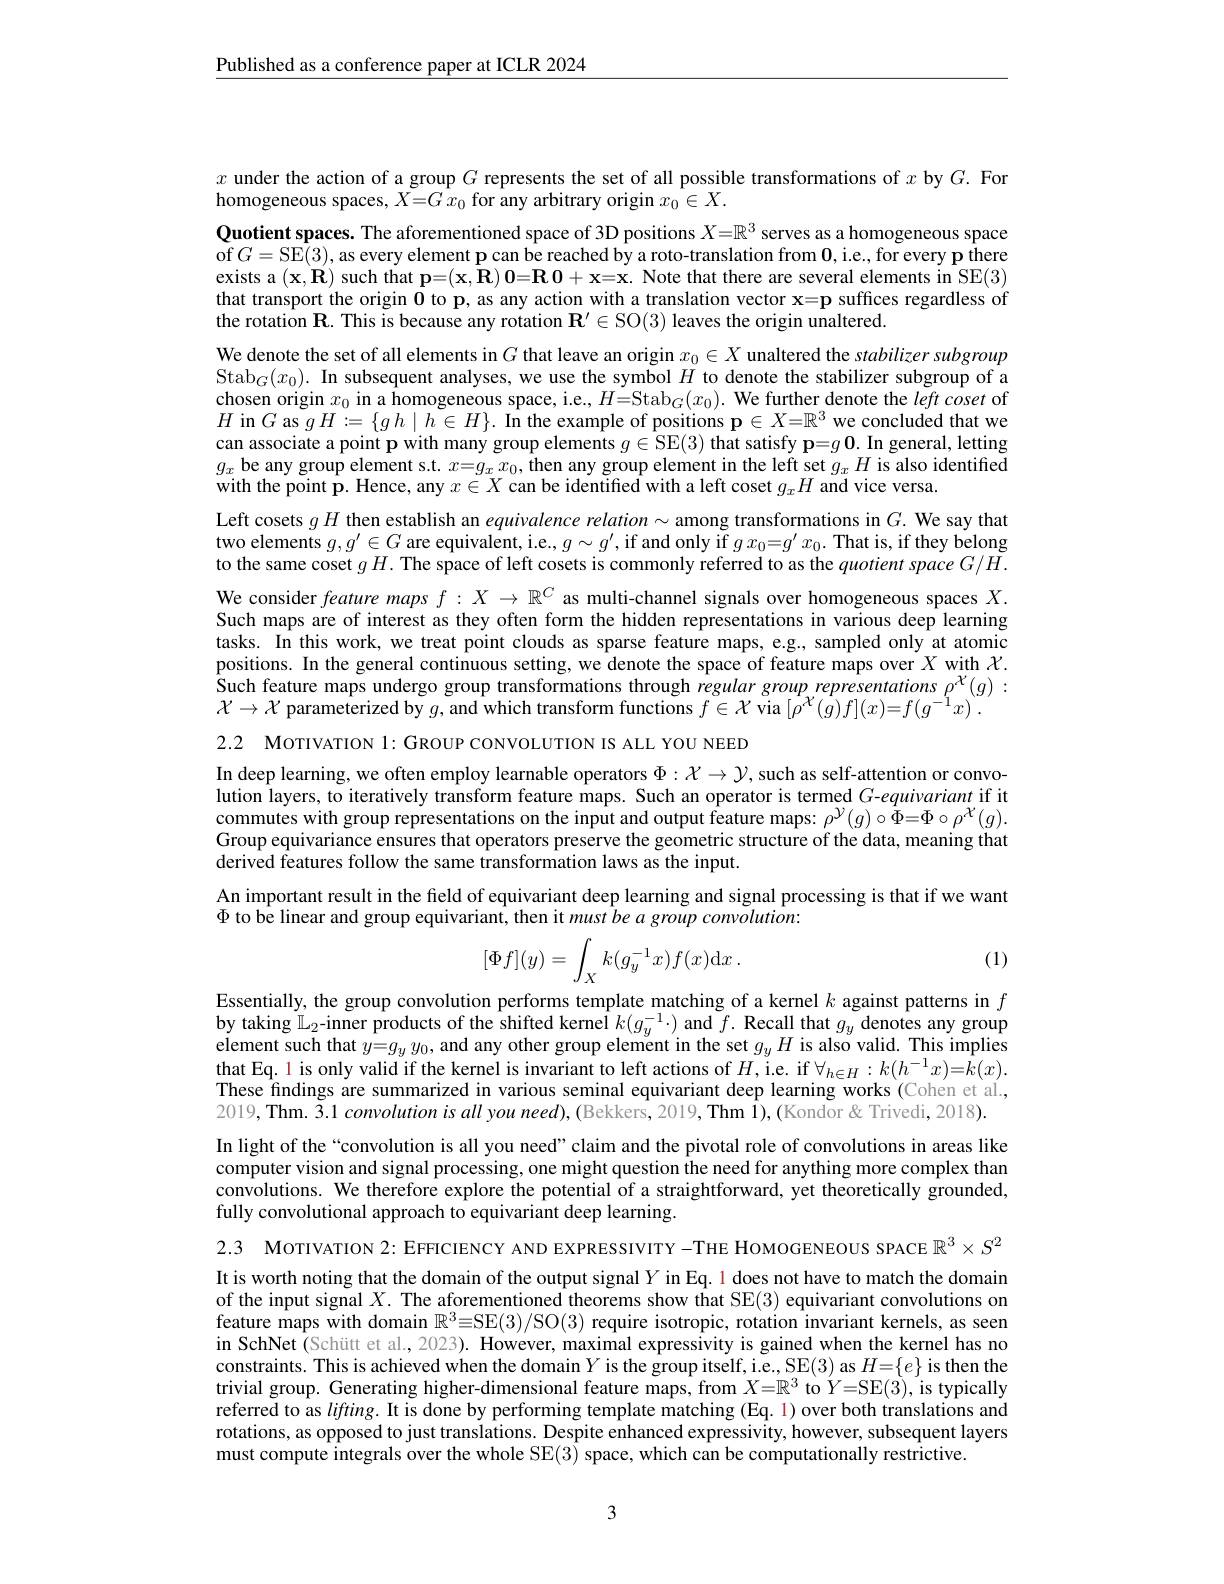
$\underline{\text{Published as a conference paper at ICLR 2024}}$

$x$ under the action of a group $G$ represents the set of all possible transformations of $x$ by $G.$ For
homogeneous spaces, $X=Gx_0$ for any arbitrary origin $x_0\in X.$

$\textbf{Quotient spaces. The aforementioned space of 3D positions }X= \mathbb{R} ^3$ serves as a homogeneous space of $G=$SE(3),as every element p can be reached by a roto-translation from $\mathbf{0}$,i.e., for every p there exists a $(\mathbf{x},\mathbf{R})$ such that $\mathbf{p=(x,\hat{R})}\mathbf{0=R}\mathbf{0}+\mathbf{x=x.}$ Note that there are several elements in SE(3) that transport the origin $\mathbf{0}$ to p, as any action with a translation vector $\mathbf{x}=\mathbf{p}$ suffices regardless of the rotation $\mathbf{R}.$ This is because any rotation $\mathbf{R} ^\prime \in$SO(3) leaves the origin unaltered.
We denote the set of all elements in $G$ that leave an origin $x_0\in X$ unaltered the stabilizer subgroup Stab$_G(x_0).$ In subsequent analyses, we use the symbol $H$ to denote the stabilizer subgroup of a chosen origin $x_0$ in a homogeneous space, i.e., $H=$S$tab_G( x_0) .$ We further denote the $left\textit{coset of}$ $H$ in$G$ as $gH:=\{gh\mid\bar{h\in H}\}.$ In the example of positions $\mathbf{p}\in X=\mathbb{R}^3$ we concluded that we can associate a point p with many group elements $g\in \hat{S}$E(3) that satisfy p$=g\mathbf{0}.$ In general, letting $g_x$ be any group element s.t. $x=g_xx_0$, then any group element in the left set $g_xH$ is also identified with the point p. Hence, any $x\in X$ can be identified with a left coset $g_xH$ and vice versa
Left cosets $gH$ then establish an equivalence relation $\sim$ among transformations in $G.$ We say that two elements $g,g^\prime\in G$ are equivalent, i.e., $g\sim g^\prime$, if and only if $gx_0=g^\prime x_0.$ That is, if they belong to the same coset $gH.$ The space of left cosets is commonly referred to as the quotient space $G/\tilde{H}.$ We consider feature maps $f:X\to\mathbb{R}^C$ as multi-channel signals over homogeneous spaces $X.$ Such maps are of interest as they often form the hidden representations in various deep learning tasks. In this work, we treat point clouds as sparse feature maps, e.g.. sampled only at atomic positions. In the general continuous setting, we denote the space of feature maps over $X$ with $\mathcal{X}.$ Such feature maps undergo group transformations through regular group representations $\rho^{\chi}(g):$ $\mathcal{X}\to\mathcal{X}$ parameterized by $g$, and which transform functions $f\in\mathcal{X}$ via $[\rho^{\mathcal{X}}(g)f](x)=f(g^{-1}x).$

2.2 MOTIVATION 1: GROUP CONVOLUTION IS ALL YOU NEED

In deep learning, we often employ learnable operators $\Phi:\mathcal{X}\to\mathcal{Y}$,such as self-attention or convolution layers, to iteratively transform feature maps. Such an operator is termed $G$-equivariant if it $commuteswithgrouprepresentations~on~the~input~and~output~feature~maps:~\rho^{\mathcal{Y}}(g)\circ\Phi=\Phi\circ\rho^{\mathcal{X}}(g).$ Group equivariance ensures that operators preserve the geometric structure of the data, meaning that derived features follow the same transformation laws as the input.
An important result in the field of equivariant deep learning and signal processing is that if we want
$\Phi$ to be linear and group equivariant, then it must be a group convolution:

(1)
$$[\Phi f](y)=\int_Xk(g_y^{-1}x)f(x)\mathrm{d}x\:.$$
Essentially, the group convolution performs template matching of a kernel $k$ against patterns in $f$ by taking $\mathbb{L}_2$-inner products of the shifted kernel $k(g_y^{-1}\cdot)$ and $f.$ Recall that $g_y$ denotes any group element such that $y=g_yy_0$, and any other group element in the set $g_yH$ is also valid. This implies that Eq. 1 is only valid if the kernel is invariant to left actions of $H$,ie. if $\forall_h\in H:k(h^{-1}x)=\bar{k}(x).$ These findings are summarized in various seminal equivariant deep learning works (Cohen et al., 2019, Thm. $\tilde{3} . 1\textit{convolution is all you need) , ( Bekkers, 2019, Thm \^{I} ) , ( Kondor " rivedi, 2018) }.$ In light of the “convolution is all you need”claim and the pivotal role of convolutions in areas like computer vision and signal processing, one might question the need for anything more complex than convolutions. We therefore explore the potential of a straightforward, yet theoretically grounded, fully convolutional approach to equivariant deep learning.

2.3 MorıvaTıon 2: EFFICIENCY AND EXPRESSIVITY -THE HOMOGENEOUS SPACE $\mathbb{R}^3\times S^2$ It is worth noting that the domain of the output signal $Y$ in Eq. 1 does not have to match the domain of the input signal $X.$ The aforementioned theorems show that SE(3) equivariant convolutions on feature maps with domain $\mathbb{R}^3\equiv$SE(3)/SO(3) require isotropic, rotation invariant kernels, as seen in SchNet (Schütt et al., 2023). However, maximal expressivity is gained when the kernel has no constraints. This is achieved when the domain $Y$ is the group itself, i.e., SE(3) as $H=\{e\}$ is then the trivial group. Generating higher-dimensional feature maps, from $X=\mathbb{R}^3$ to $Y=$SE(3), is typically referred to as $lifting.$ It is done by performing template matching (Eq. 1) over both translations and rotations, as opposed to just translations. Despite enhanced expressivity, however, subsequent layers must compute integrals over the whole SE(3) space, which can be computationally restrictive.

3